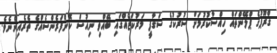
ގްރޫޕުގެ ޕްލޭންތައް ހިއްސާކުރުމަށް ސުރުކުގެ ސަގާފީ މަރުކަޒެއްގައި ބޭއްވި ނިއުސް ކޮންފަރެންސެއްގެ ތެރެއިންނެވެ.